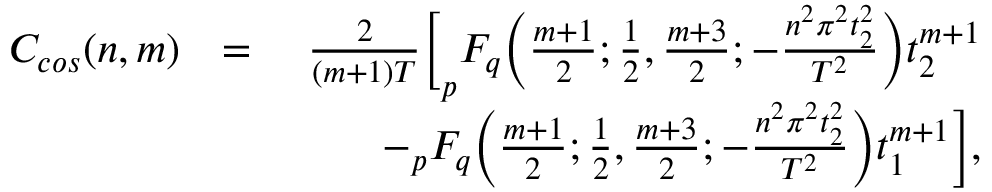
\begin{array} { r l r } { C _ { c o s } ( n , m ) } & { = } & { \frac { 2 } { ( m + 1 ) T } \bigg [ _ { p } F _ { q } \bigg ( \frac { m + 1 } { 2 } ; \frac { 1 } { 2 } , \frac { m + 3 } { 2 } ; - \frac { n ^ { 2 } \pi ^ { 2 } t _ { 2 } ^ { 2 } } { T ^ { 2 } } \bigg ) t _ { 2 } ^ { m + 1 } } \\ & { \quad } & { - _ { p } F _ { q } \bigg ( \frac { m + 1 } { 2 } ; \frac { 1 } { 2 } , \frac { m + 3 } { 2 } ; - \frac { n ^ { 2 } \pi ^ { 2 } t _ { 2 } ^ { 2 } } { T ^ { 2 } } \bigg ) t _ { 1 } ^ { m + 1 } \bigg ] , } \end{array}